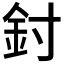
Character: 𨥇